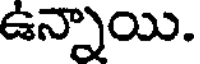
ఉన్నాయి.